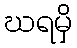
ဃရမှိ